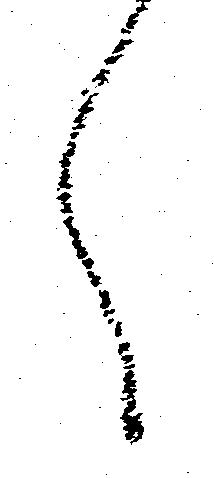
へ